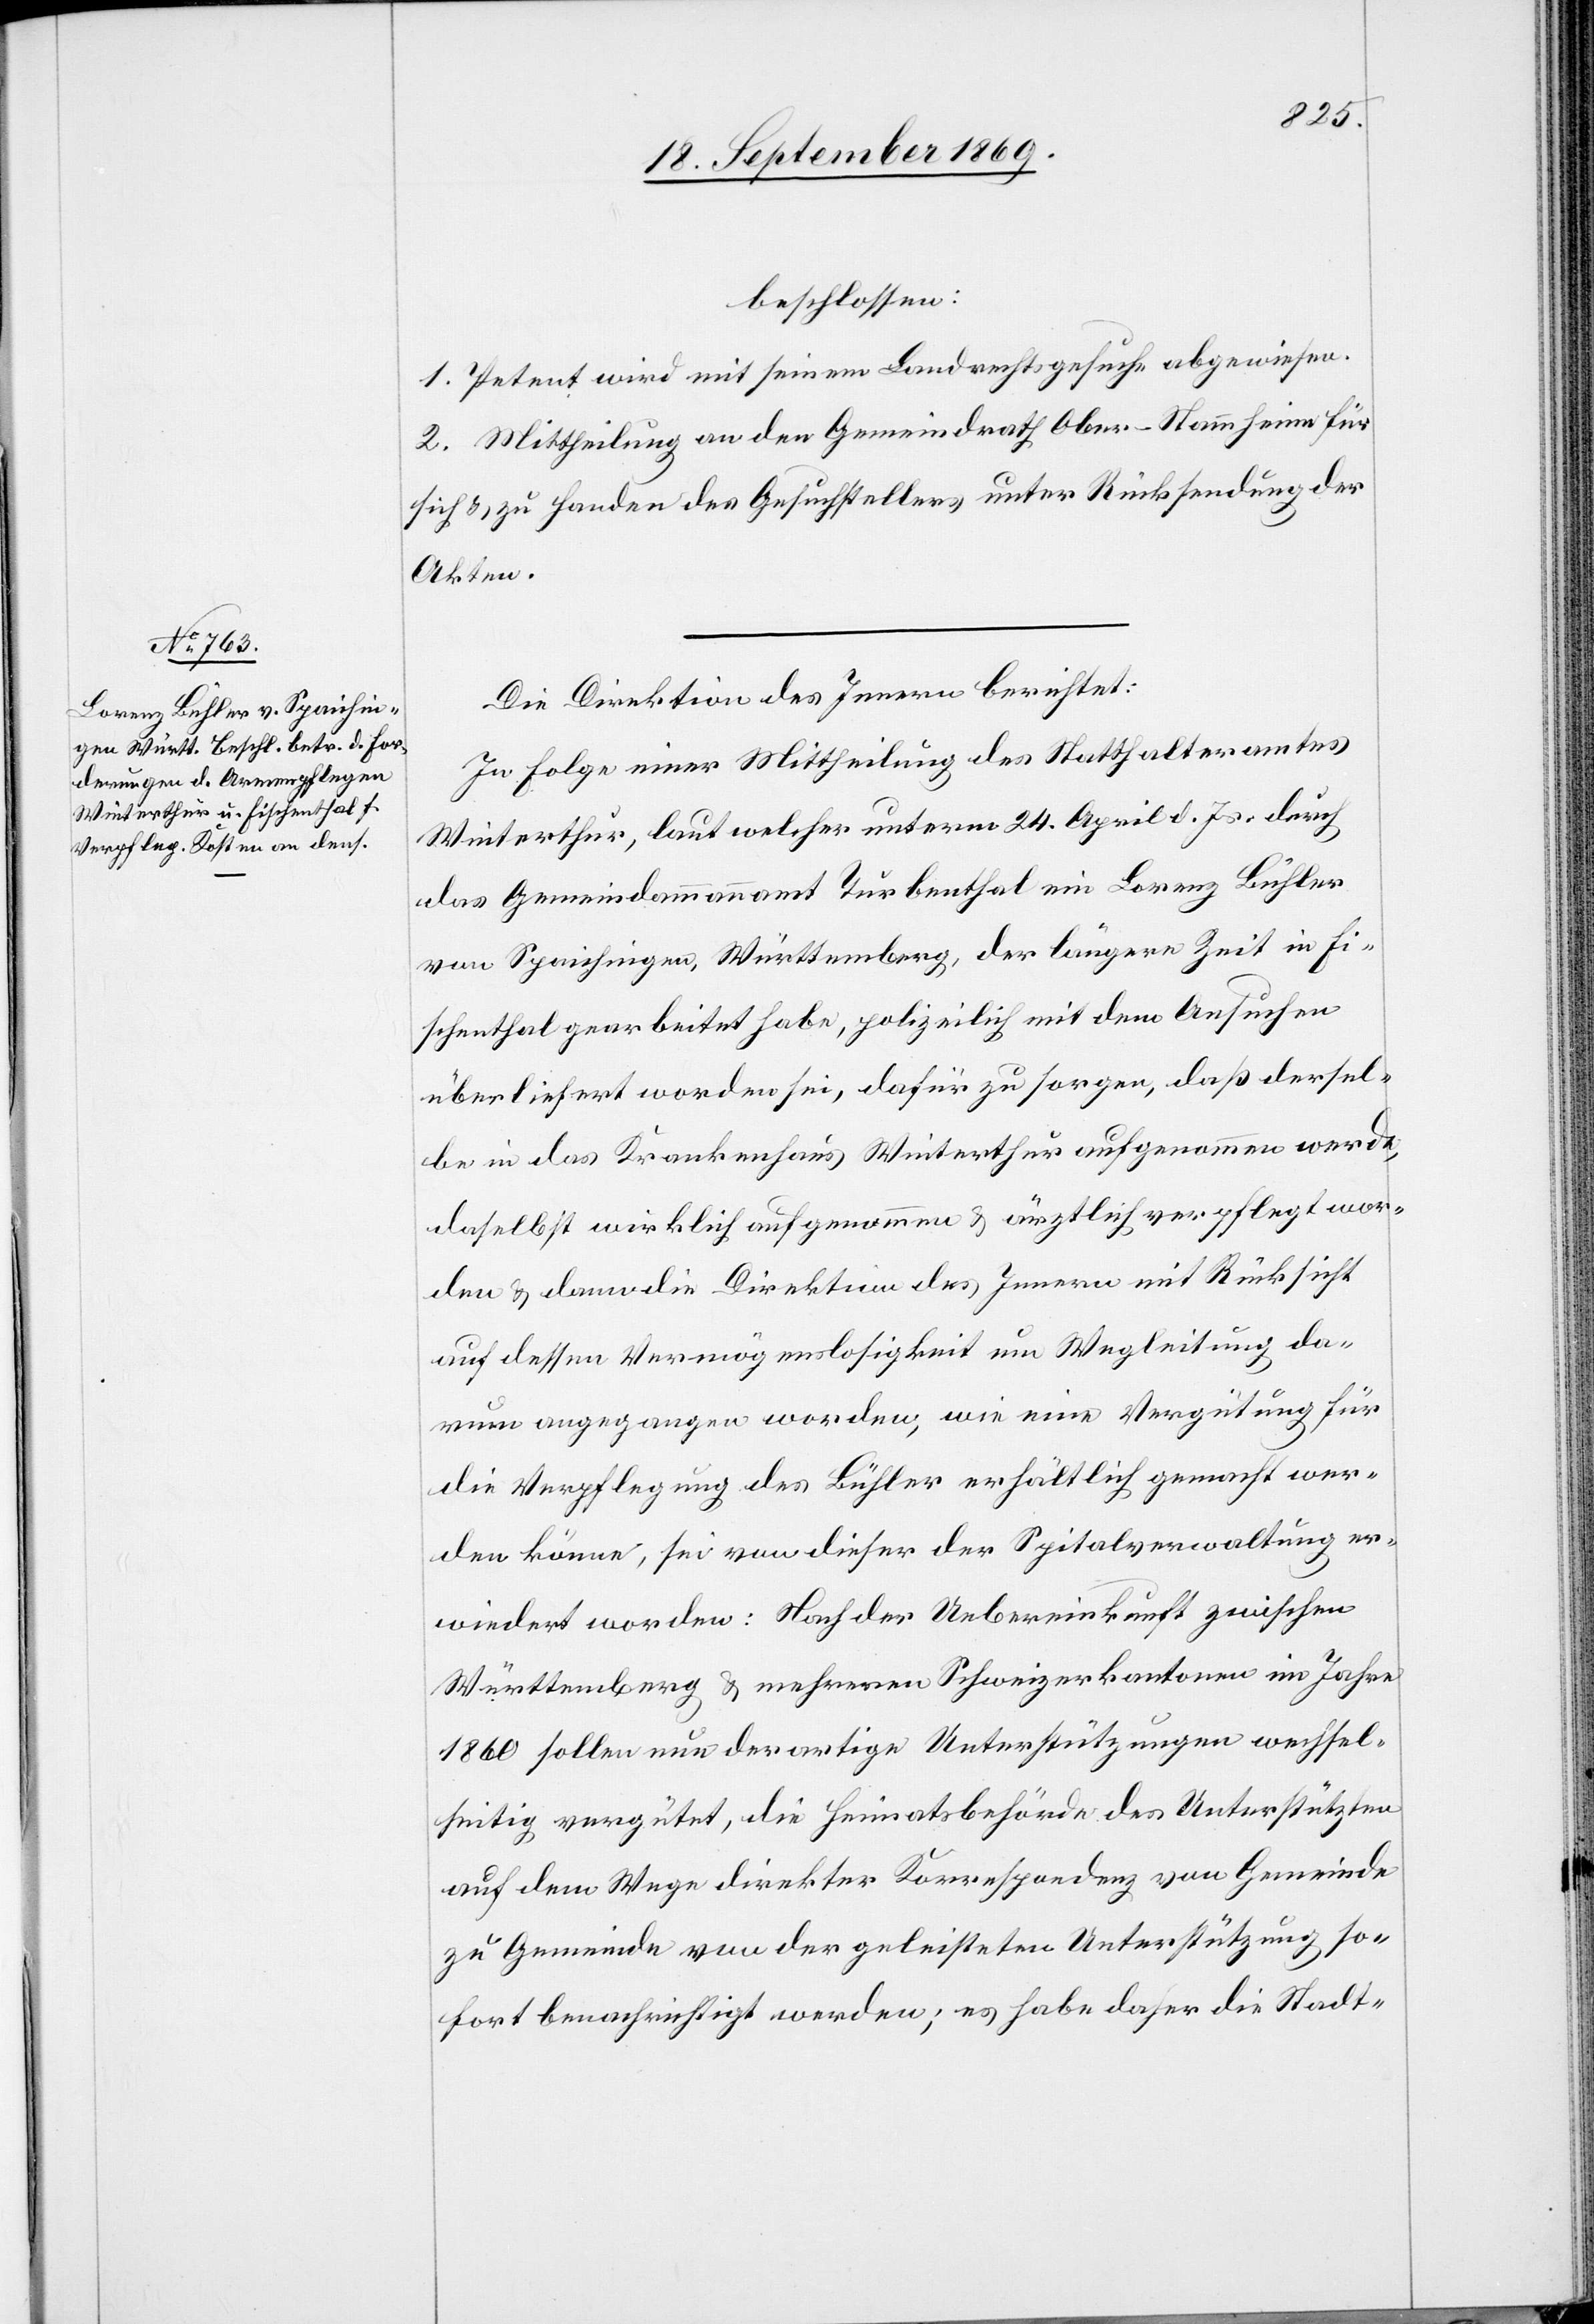
beschlossen:
1. Petent wird mit seinem Landrechtsgesuche abgewiesen.
2. Mittheilung an den Gemeindrath Ober-Stammheim für
sich & zu Handen des Gesuchstellers unter Rücksendung der
Akten.
Die Direktion des Innern berichtet:
In Folge einer Mittheilung des Statthalteramtes
Winterthur, laut welcher unterm 24. April d. Js. durch
das Gemeindammannamt Turbenthal ein Lorenz Bühler
von Spaichingen, Württemberg, der längere Zeit in Fi¬
schenthal gearbeitet habe, polizeilich mit dem Ansuchen
überliefert worden sei, dafür zu sorgen, daß dersel¬
be in das Krankenhaus Winterthur aufgenommen werde,
daselbst wirklich aufgenommen & ärztlich verpflegt wor¬
den & dann die Direktion des Innern mit Rücksicht
auf dessen Vermögenslosigkeit um Wegleitung da¬
rum angegangen worden, wie eine Vergütung für
die Verpflegung des Bühler erhältlich gemacht wer¬
den könne, sei von dieser der Spitalverwaltung er¬
wiedert worden: Nach der Uebereinkunft zwischen
Württemberg & mehreren Schweizerkantonen im Jahre
1860 sollen nun derartige Unterstützungen wechsel¬
seitig vergütet, die Heimatsbehörde des Unterstützten
auf dem Wege direkter Korrespondenz von Gemeinde
zu Gemeinde von der geleisteten Unterstützung so¬
fort benachrichtigt werden; es habe daher die Stadt-